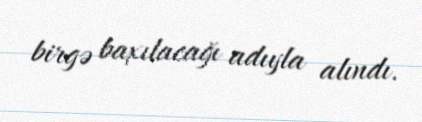
birgə baxılacağı adıyla alındı.